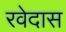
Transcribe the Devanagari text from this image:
रवेदास